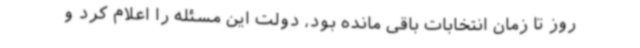
روز تا زمان انتخابات باقی مانده بود، دولت این مسئله را اعلام کرد و